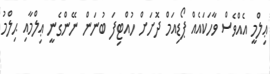
ޢިލްމީ އެއްވެސް ވާހަކައެއް ޕޯޑިއަމް ދޮށަށް ހުއްޓިފަ ބުނަން ނޭންގެނީ ޢިލްމާއި ޙިލްމު